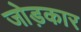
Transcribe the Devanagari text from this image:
जोड़कार